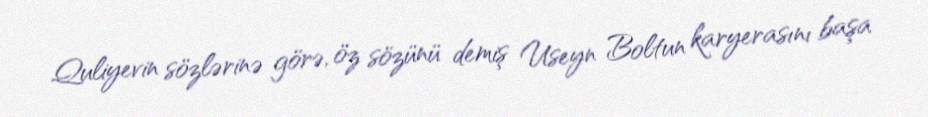
Quliyevin sözlərinə görə, öz sözünü demiş Useyn Boltun karyerasını başa